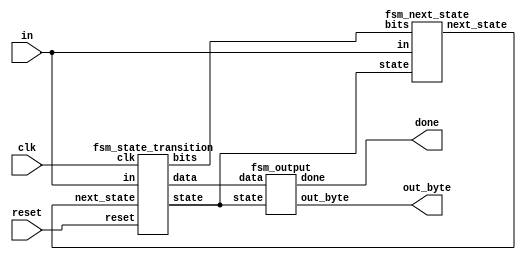
/*

Copyright 2022 Marc Ketel
SPDX-License-Identifier: Apache-2.0

*/

`default_nettype none

module top_module (
    input wire clk,
    input wire in,
    input wire reset,
    output wire [7:0] out_byte,
    output wire done
);

  wire [2:0] state, next_state;
  wire [4:0] bits;
  wire [9:0] data;

  //Determine next state.
  fsm_next_state ns (
      .in(in),
      .state(state),
      .bits(bits),
      .next_state(next_state)
  );

  //State transition.
  fsm_state_transition st (
      .clk(clk),
      .in(in),
      .reset(reset),
      .next_state(next_state),
      .bits(bits),
      .state(state),
      .data(data)
  );

  //Determine output.
  fsm_output o (
      .state(state),
      .data(data),
      .out_byte(out_byte),
      .done(done)
  );
endmodule


module fsm_next_state (
    input wire in,
    input wire [2:0] state,
    input wire [4:0] bits,
    output reg [2:0] next_state
);

  parameter STATE_IDLE = 3'b000;
  parameter STATE_START = 3'b001;
  parameter STATE_DATA = 3'b010;
  parameter STATE_STOP = 3'b011;
  parameter STATE_ILLIGAL = 3'b111;

  always @(*) begin
    casez ({
      in, state, (bits == 4'd9)
    })
      //Wait for idle state.
      {1'b0, STATE_IDLE, 1'bz} : next_state = STATE_IDLE;

      //Idle state found.
      {1'b1, STATE_IDLE, 1'bz} : next_state = STATE_START;

      //Wait for start bit.
      {1'b1, STATE_START, 1'bz} : next_state = STATE_START;

      //Start bit found.
      {1'b0, STATE_START, 1'bz} : next_state = STATE_DATA;

      //Wait for reception of all data bits and parity bit.
      {1'bz, STATE_DATA, 1'b0} : next_state = STATE_DATA;

      //Reception complete but stop bit not found.
      {1'b0, STATE_DATA, 1'b1} : next_state = STATE_IDLE;

      //Reception complete.
      {1'b1, STATE_DATA, 1'b1} : next_state = STATE_STOP;

      //Start bit found.
      {1'b0, STATE_STOP, 1'bz} : next_state = STATE_DATA;

      //Invalid start bit.
      {1'b1, STATE_STOP, 1'bz} : next_state = STATE_START;

      //We forgot a state.
      {1'bz, STATE_ILLIGAL, 1'bz} : next_state = STATE_ILLIGAL;
      default: next_state = STATE_ILLIGAL;
    endcase
  end

endmodule

module fsm_state_transition (
    input wire clk,
    input wire in,
    input wire reset,
    input wire [2:0] next_state,
    output reg [4:0] bits,
    output reg [2:0] state,
    output reg [9:0] data
);

  parameter STATE_START = 3'b001;
  parameter STATE_DATA = 3'b010;
  parameter STATE_STOP = 3'b011;

  always @(posedge clk) begin
    if (reset) state <= STATE_START;
    else if (clk) begin
      state <= next_state;

      case (state)
        STATE_START, STATE_STOP: bits <= 4'd0;
        STATE_DATA: bits <= (bits < 4'd9) ? bits + 1'b1 : bits;
      endcase

      data <= data >> 1;
      data[9] <= in;
    end
  end
endmodule

module fsm_output (
    input wire [2:0] state,
    input wire [9:0] data,
    output reg [7:0] out_byte,
    output reg done
);

  parameter STATE_STOP = 3'b011;

  always @(*) begin
    case (state)
      STATE_STOP: done = ^data[8:0] == data[9];  //Check odd parity
      default: done = 1'b0;
    endcase

    out_byte = data[7:0];
  end
endmodule